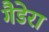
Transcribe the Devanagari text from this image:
गैडेरा